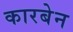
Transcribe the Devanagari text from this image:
कारबेन